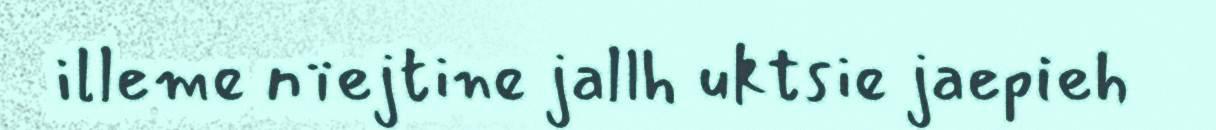
illeme nïejtine jallh uktsie jaepieh